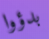
بدؤوا